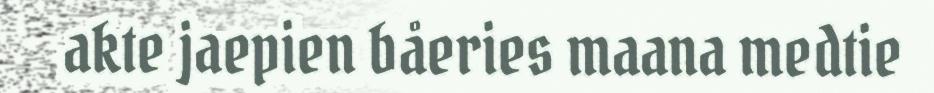
akte jaepien båeries maana medtie